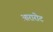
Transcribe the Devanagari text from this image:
आरारोट